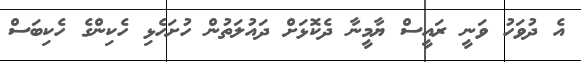
އެ ދުވަހު ވަނީ ރައީސް ޔާމީނާ ދެކޮޅަށް ދައުލަތުން ހުށަހެޅި ހެކިންގެ ހެކިބަސް